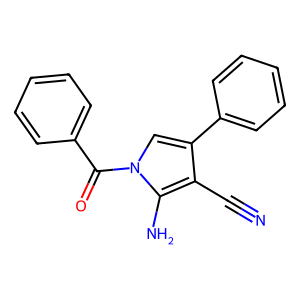
SMILES: N#Cc1c(-c2ccccc2)cn(C(=O)c2ccccc2)c1N
Inhibits HIV replication: No